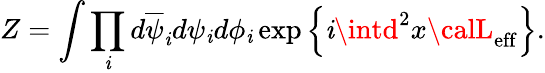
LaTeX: Z=\int\prod_{\mathit{i}}d\overline{{{{\psi}}}}_{\mathit{i}}d\psi_{\mathit{i}}d\phi_{\mathit{i}}\exp\left\{ \mathit{i}\intd^{2}x{\calL}_{\mathrm{{eff}}}\right\} .